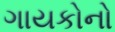
ગાયકોનો